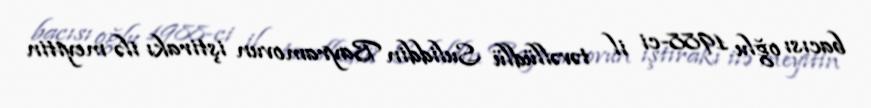
bacısı oğlu 1988-ci il təvəllüdlü Suliddin Bayramovun iştirakı ilə meyitin